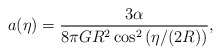
\begin{align*}a(\eta)=\frac{3\alpha}{8\pi GR^2 \cos^2\left(\eta/(2R)\right)} ,\end{align*}